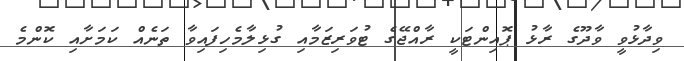
ވިދާޅުވީ ވާދޫގެ ރާޅު ޕޮއިންޓަކީ ރާއްޖޭގެ ޓުވަރިޒަމާއި ގުޅިލާމެހިފައިވާ ތަނެއް ކަމަށާއި ކޮންމެ